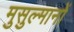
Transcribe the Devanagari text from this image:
मुसुल्मानों